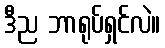
ဒီည ဘာရုပ်ရှင်လဲ။